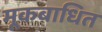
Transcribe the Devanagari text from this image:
मूकबाधित